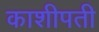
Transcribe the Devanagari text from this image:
काशीपती